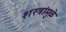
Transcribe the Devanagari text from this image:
शस्त्रांमु़ळे